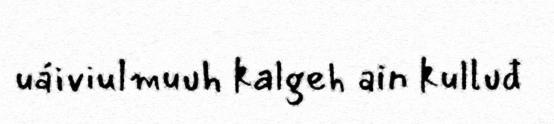
uáiviulmuuh kalgeh ain kulluđ